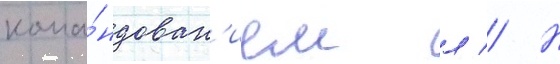
кома́ндован'ием л // Н